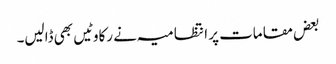
بعض مقامات پر انتظامیہ نے رکاوٹیں بھی ڈالیں۔